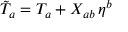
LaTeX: \tilde { T } _ { a } = T _ { a } + X _ { a b } \, \eta ^ { b }